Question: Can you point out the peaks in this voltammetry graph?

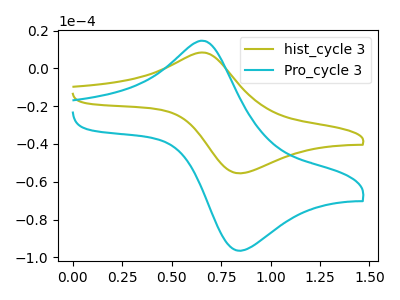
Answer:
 <answer>The olive curve "hist_cycle 3" has an anodic peak at (0.65V, 8.45uA) and a cathodic peak at (0.85V, -55.45uA). The cyan curve "Pro_cycle 3" has an anodic peak at (0.65V, 14.65uA) and a cathodic peak at (0.85V, -96.35uA).</answer>
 <eval></eval>